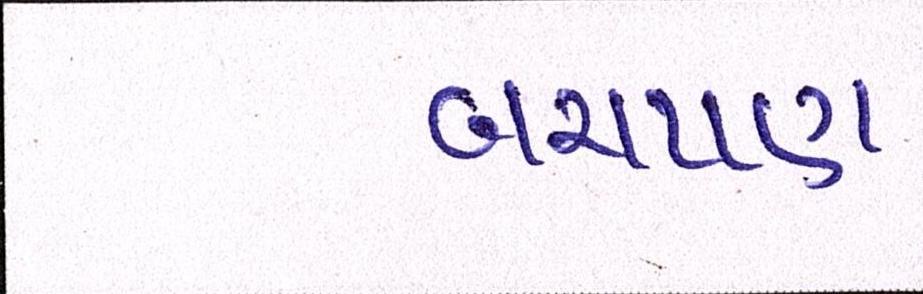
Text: બચપણ